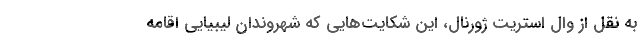
به نقل از وال استریت ژورنال، این شکایت‌هایی که شهروندان لیبیایی اقامه